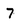
Character: 7